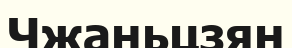
Чжаньцзян